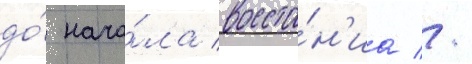
до́ нача́ла восста́н'иа //